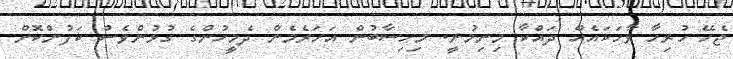
ޖެހޭ ހުރިހާ ވާހަކައެއް ދައްކާ މިނިމުނީ. މިހިސާބުން އަހަރެމެން ދެމީހުންގެ ގުޅުންވެސް ކަފުންކޮށް